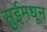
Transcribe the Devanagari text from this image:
सुईमधून